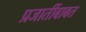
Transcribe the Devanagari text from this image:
प्रजातींबाबत